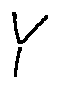
Y